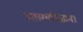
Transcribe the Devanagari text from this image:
आलयविज्ञान।